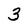
Character: 3